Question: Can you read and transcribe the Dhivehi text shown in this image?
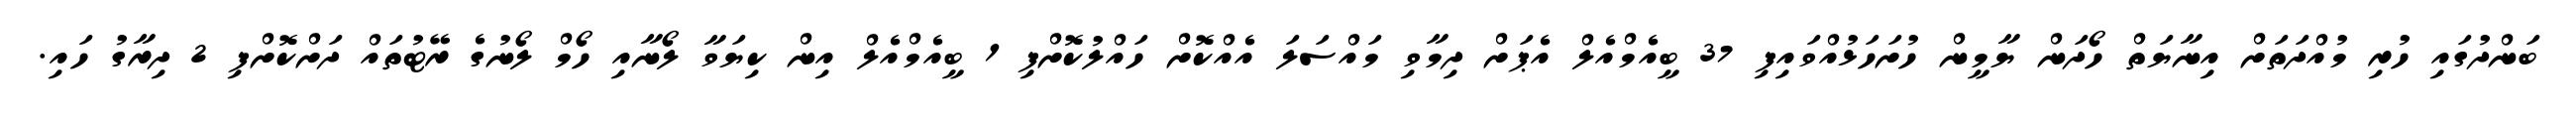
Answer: ބަންދުގައި ހުރި މުއްދަތަށް އިނާޔަތް ހޯދަން ޔާމީން ހުށަހަޅުއްވައިފި 37 ބީއެމްއެލް އެޕަށް ދިމާވި މައްސަލަ އެއްކޮށް ހައްލުކޮށްފި 1 ބީއެމްއެލް އިން ކިޔަވާ ލޯނާއި ހޯމް ލޯނުގެ ރޭޓުތައް ދަށްކޮށްފި 2 ދިރާގު ހައި.